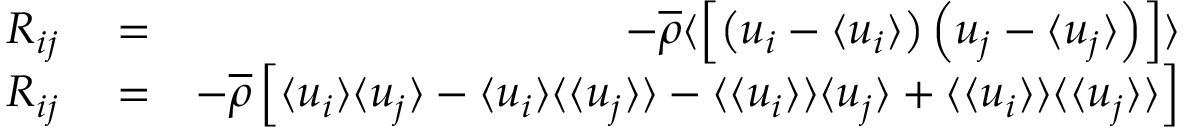
\begin{array} { r l r } { R _ { i j } } & { { } = } & { - \overline { { \rho } } \langle \left[ \left( u _ { i } - \langle u _ { i } \rangle \right) \left( u _ { j } - \langle u _ { j } \rangle \right) \right] \rangle } \\ { R _ { i j } } & { { } = } & { - \overline { { \rho } } \left[ \langle u _ { i } \rangle \langle u _ { j } \rangle - \langle u _ { i } \rangle \langle \langle u _ { j } \rangle \rangle - \langle \langle u _ { i } \rangle \rangle \langle u _ { j } \rangle + \langle \langle u _ { i } \rangle \rangle \langle \langle u _ { j } \rangle \rangle \right] } \end{array}